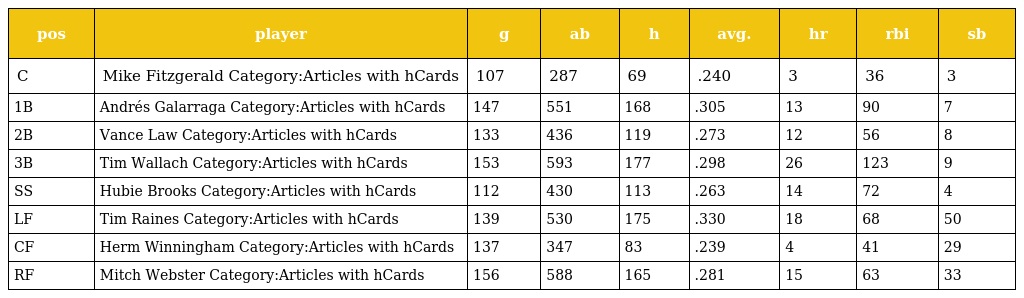
| pos | player | g | ab | h | avg. | hr | rbi | sb |
 | --- | --- | --- | --- | --- | --- | --- | --- | --- |
 | C | Mike Fitzgerald Category:Articles with hCards | 107 | 287 | 69 | .240 | 3 | 36 | 3 |
 | 1B | Andrés Galarraga Category:Articles with hCards | 147 | 551 | 168 | .305 | 13 | 90 | 7 |
 | 2B | Vance Law Category:Articles with hCards | 133 | 436 | 119 | .273 | 12 | 56 | 8 |
 | 3B | Tim Wallach Category:Articles with hCards | 153 | 593 | 177 | .298 | 26 | 123 | 9 |
 | SS | Hubie Brooks Category:Articles with hCards | 112 | 430 | 113 | .263 | 14 | 72 | 4 |
 | LF | Tim Raines Category:Articles with hCards | 139 | 530 | 175 | .330 | 18 | 68 | 50 |
 | CF | Herm Winningham Category:Articles with hCards | 137 | 347 | 83 | .239 | 4 | 41 | 29 |
 | RF | Mitch Webster Category:Articles with hCards | 156 | 588 | 165 | .281 | 15 | 63 | 33 |